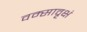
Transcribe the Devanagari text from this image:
वम्सावृक्षं